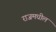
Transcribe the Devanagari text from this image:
राजमधील